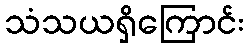
သံသယရှိကြောင်း